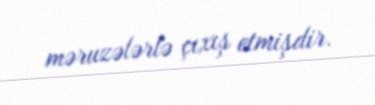
məruzələrlə çıxış etmişdir.